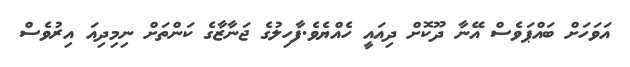
އަވަހަށް ބައްޕަވެސް އޭނާ ދޫކޮށް ދިއައީ ހެއްޔެވެ.ފާހިލުގެ ޖަނާޒާގެ ކަންތަށް ނިމިދިއަ އިރުވެސް